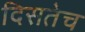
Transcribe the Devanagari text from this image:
दिसतेच